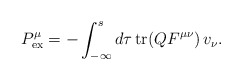
\begin{align*}{P}^\mu_{{\rm ex}}=-\int_{-\infty}^{ s} d\tau\, {\rm tr}(QF^{\mu\nu})\,v_\nu. \end{align*}